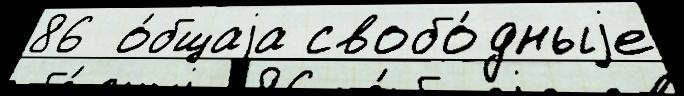
86  о́бщаjа свобо́дныjе